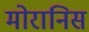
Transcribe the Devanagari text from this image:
मोरानिस